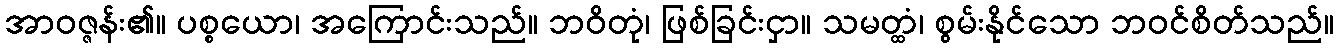
အာဝဇ္ဇန်း၏။ ပစ္စယော၊ အကြောင်းသည်။ ဘဝိတုံ၊ ဖြစ်ခြင်းငှာ။ သမတ္ထံ၊ စွမ်းနိုင်သော ဘဝင်စိတ်သည်။